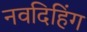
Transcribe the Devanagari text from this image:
नवदिहिंग